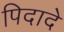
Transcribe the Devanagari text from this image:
पिदादे